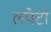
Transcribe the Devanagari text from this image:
लपेटो